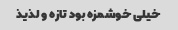
خیلی خوشمزه بود تازه و لذیذ